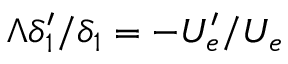
\Lambda \delta _ { 1 } ^ { \prime } / \delta _ { 1 } = - U _ { e } ^ { \prime } / U _ { e }